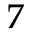
7